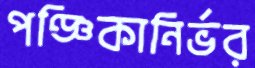
পঞ্জিকানির্ভর